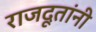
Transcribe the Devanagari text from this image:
राजदूतांनी